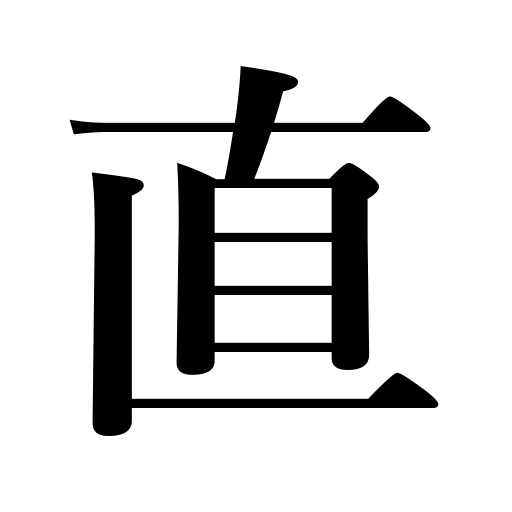
Meanings: alter,get well,convert money,reform,in person,honesty,return to normal,correct,frankness,directly,adjust,be restored,restore,be mended,correctness,re-do,cure,night duty,immediately,being straight,change from third to second class,mend,repair,amend,put in order,regulate,be installed as a legal wife,revise,simplicity